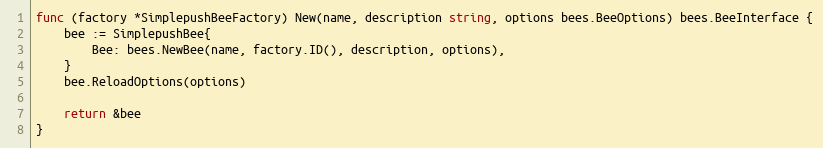
Language: Go
func (factory *SimplepushBeeFactory) New(name, description string, options bees.BeeOptions) bees.BeeInterface {
	bee := SimplepushBee{
		Bee: bees.NewBee(name, factory.ID(), description, options),
	}
	bee.ReloadOptions(options)

	return &bee
}